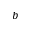
^ b